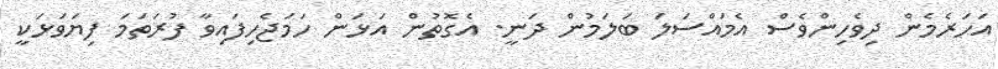
އަހަރެމެން ދިވެހިންވެސް އެމައްސަލަ ބަލަމުން ދަނީ. އެގޮތުން އަޅަން ހަމަޖެހިފައިވާ ފުރަތަމަ ފިޔަވަޅަކީ